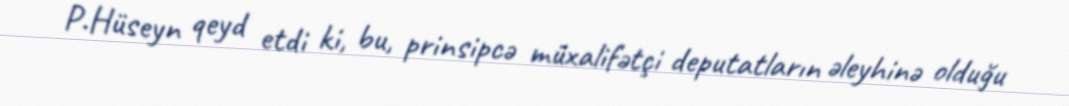
P.Hüseyn qeyd etdi ki, bu, prinsipcə müxalifətçi deputatların əleyhinə olduğu